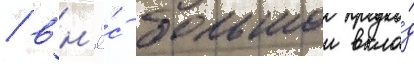
/ вн'ё́с большои вкла́д